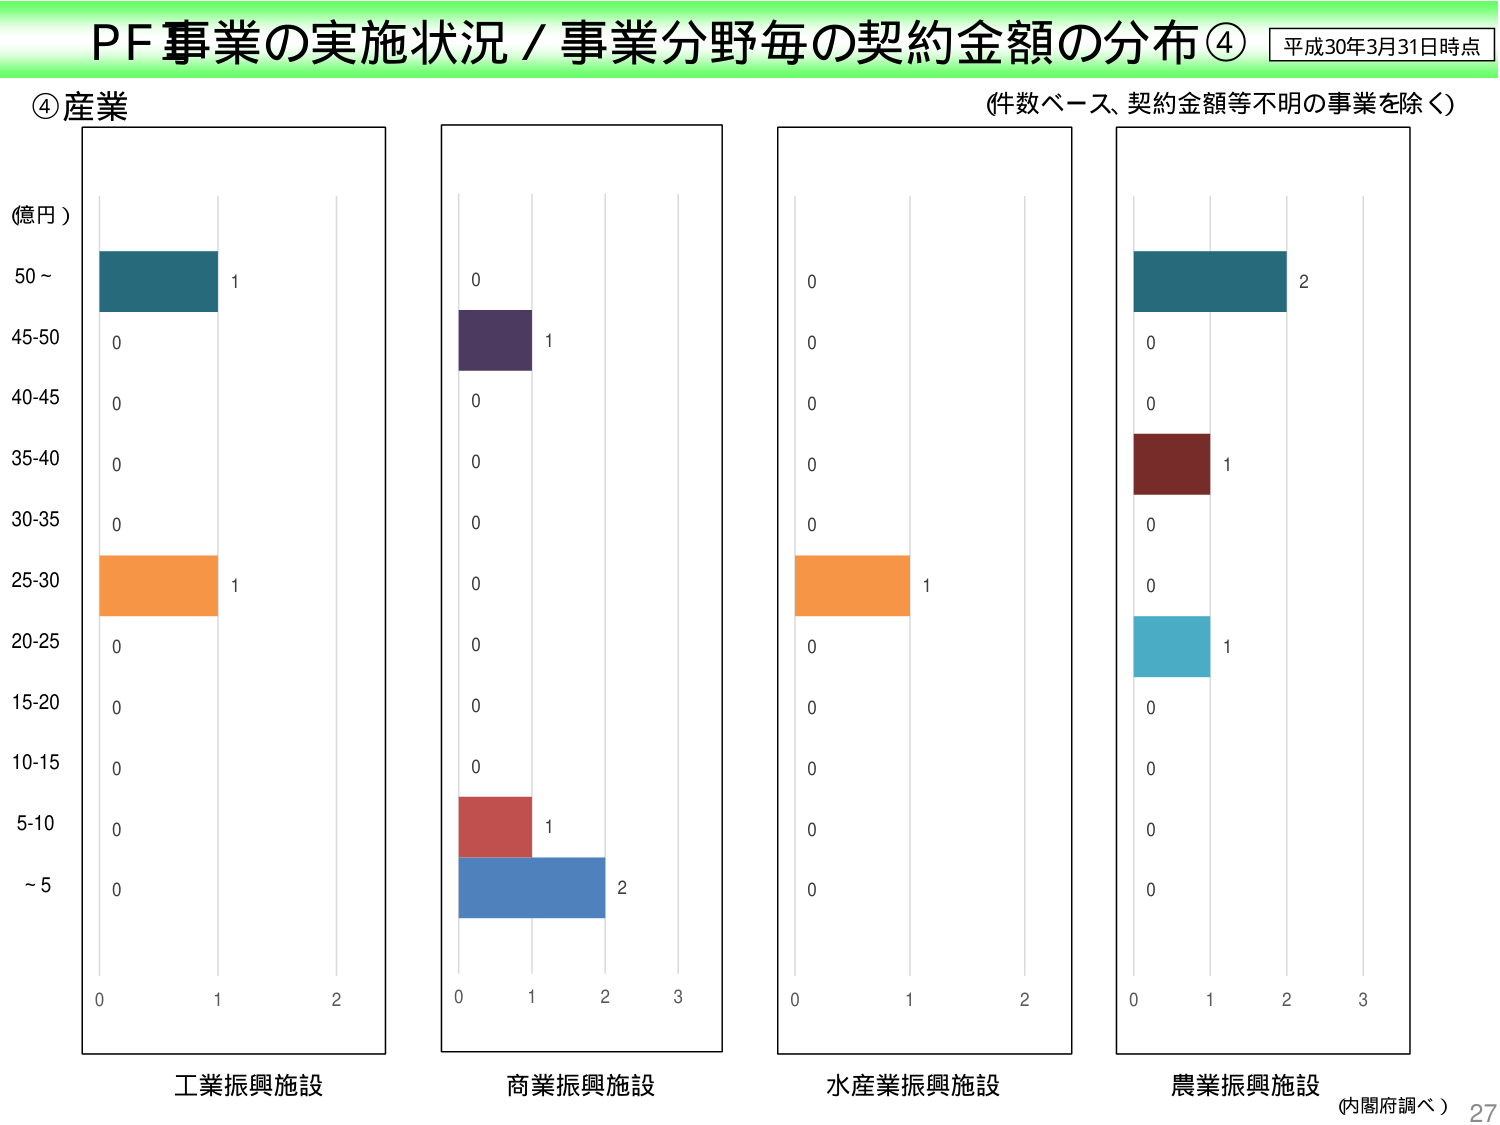
PF事業の実施状況／事業分野毎の契約金額の分布④ 平成30年3月31日時点
④産業
(件数ベース、契約金額等不明の事業を除く)
(億円)
50～ 1
45-50 0
40-45 0
35-40 0
30-35 0
25-30 1
20-25 0
15-20 0
10-15 0
5-10 0
～5 0
0 1 2
工業振興施設
0 1 2 3
商業振興施設
0 1 2
水産業振興施設
0 1 2 3
農業振興施設
(内閣府調べ) 27